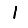
Digit: 1